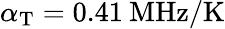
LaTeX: \alpha_{\mathrm{T}}=0.41\: \mathrm{MHz/K}